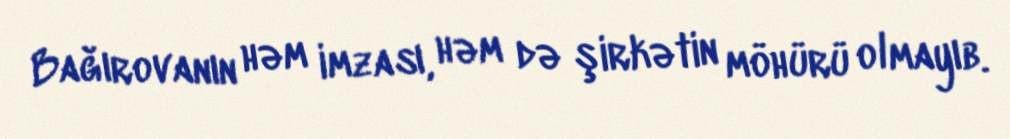
Bağırovanın həm imzası, həm də şirkətin möhürü olmayıb.